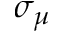
\sigma _ { \mu }